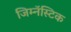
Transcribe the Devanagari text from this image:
जिम्नॅस्टिक